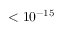
< 1 0 ^ { - 1 5 }